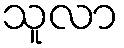
သူလာ